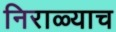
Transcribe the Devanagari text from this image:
निराळ्याच